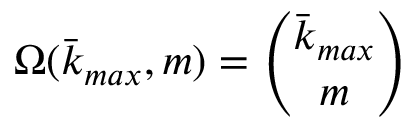
\Omega ( \bar { k } _ { m a x } , m ) = \binom { \bar { k } _ { m a x } } { m }